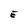
Character: E